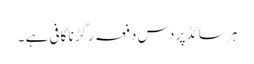
ہر سائڈ پر دس دفعہ رگڑنا کافی ہے ۔